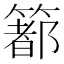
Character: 𥳉